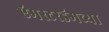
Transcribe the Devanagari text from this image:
ऍमस्टरडॅमच्या